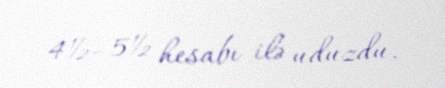
4½–5½ hesabı ilə uduzdu.